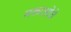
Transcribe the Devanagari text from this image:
मकाओचे